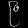
Digit: ၉